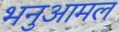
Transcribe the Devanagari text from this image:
भनुआमल